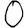
Digit: 0